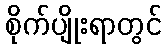
စိုက်ပျိုးရာတွင်